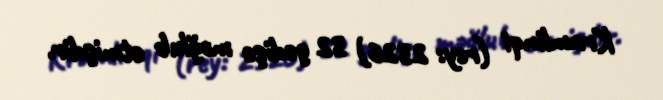
Kramlinqi (rey: 2326) 32 gedişə məğlub etmişdir.